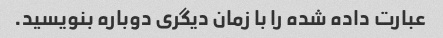
عبارت داده شده را با زمان دیگری دوباره بنویسید.